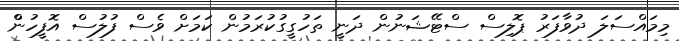
މިމައްސަލަ ދުވާފަރު ޕޮލިސް ސްޓޭޝަނުން ދަނީ ތަހުގީގުކުރަމުން ކަމަށް ވެސް ފުލުސް އޮފީހުންް